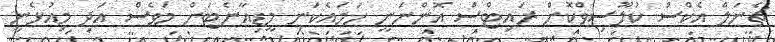
ޗެނަލް އެކްސް ކުލޫސިވްކޮށް ރައިޓްސް އޮންނަނީ ހަމައެކަނި މީޑިއާނެޓަށް މަވެސް އަދި މިއުޅެނީ